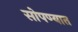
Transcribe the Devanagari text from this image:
सोपण्यात